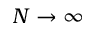
N \to \infty